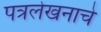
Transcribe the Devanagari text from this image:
पत्रलेखनाचे